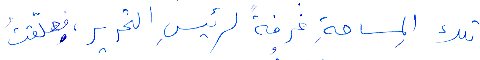
تلك المساحة غرفة لرئيس التحرير، فعلّقت